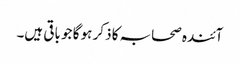
آئندہ صحابہ کا ذکر ہو گا جو باقی ہیں۔